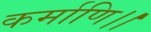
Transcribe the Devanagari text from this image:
कर्माणि।।